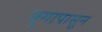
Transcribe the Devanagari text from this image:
मुगापासून